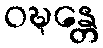
ဝဍ္ဎန္တေ